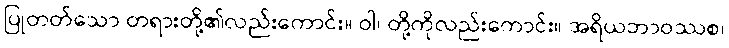
ပြုတတ်သော တရားတို့၏လည်းကောင်း။ ဝါ၊ တို့ကိုလည်းကောင်း။ အရိယဘာဝဿစ၊